Civil Veterinary Department Bihar reports 1940-50 - 1940-1950
Year: 1940
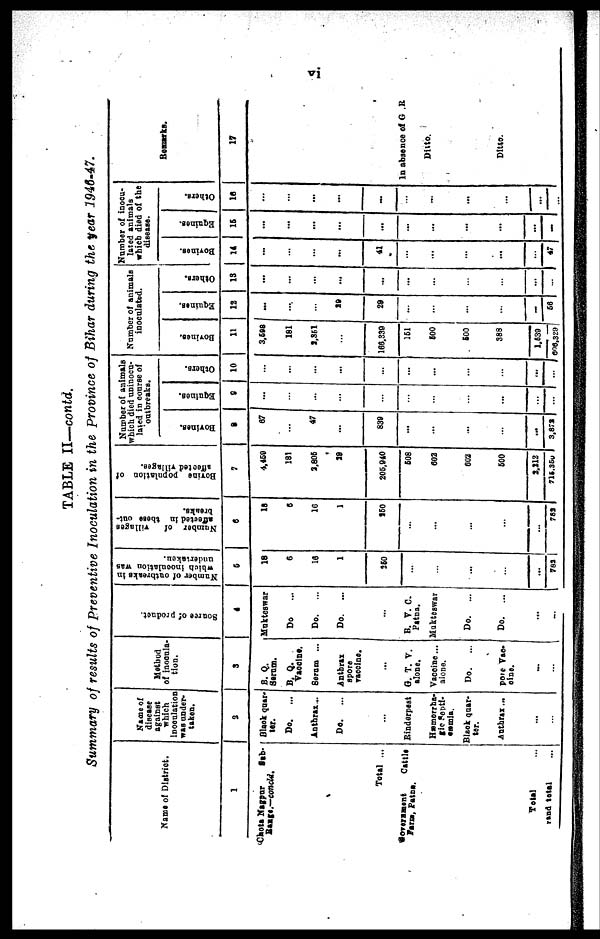
vi
TABLE II—contd.
Summary of results of Preventive Inoculation in the province of Bihar during the year 1946-47.
Name of District.
1
Chota Nagpur Sub-
Range.—concld.
Total ...
Government
Cattle
Farm, Patna.
Total ...
Grand total ...
Name of
disease
against
which
inoculation
was under-
taken.
3
Black quar-
ter.
Do.
...
Anthrax...
Do.
...
...
Rinderpest
Hæmorrha-
gic Septi-
cæmia.
Black quar-
ter.
Anthrax ...
...
...
Method
of inocula-
tion.
3
B. Q.
Serum.
B. Q.
Vaccine.
Serum ...
Anthrax
spore
vaccine.
...
G. T. V.
alone.
Vaccine ...
alone.
Do.
...
Pose Vac-
cine.
...
...
Source of product.
4
Mukteswar
Do ...
Do.
...
Do.
...
...
B. V. C.
Patna.
Mukteswar
Do.
...
Do.
...
...
—
Number of outbreaks in
which inoculation was
undertaken.
5
18
0
16
1
260
...
...
...
...
782
Number of
villages
affected in these out-
breaks.
6
18
6
1G
1
150
...
...
...
...
...
782
Bovine
population of
affected villages.
7
4,460
181
3.806
39
206,940
508
002
602
500
2,212
715,350
Number of animals
which died uninocu-
lated in course of
outbreaks.
Bovines.
8
67
...
47
...
830
...
...
...
...
...
3,872
Equines.
8
...
...
...
...
...
...
...
...
...
...
...
Others.
10
...
...
...
...
...
...
...
...
...
...
...
Number of animals
inoculated.
Bovines.
11
3,598
181
2,351
...
166.330
151
500
500
388
1,539
606,329
Equines.
12
...
...
...
29
29
...
...
...
...
...
66
Others.
13
...
...
...
...
...
...
...
...
...
...
...
Number of inocu-
lated animals
which died of the
disease.
Bovines.
14
...
...
...
...
41
...
...
...
...
...
47
Equines.
16
...
...
...
...
...
...
...
...
...
...
...
Others.
16
...
...
...
...
...
...
...
...
...
...
...
Remarks.
17
In absence of G. R.
Ditto.
Ditto.